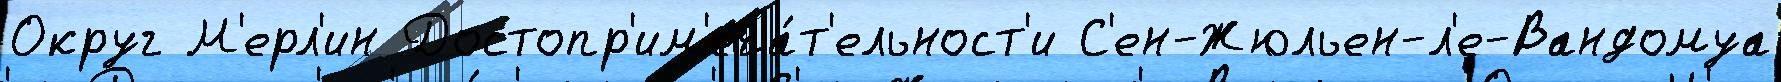
Округ М'ерл'ин Достопр'им'еча́т'ельност'и С'ен-Жюльен-л'е-Вандомуа